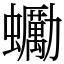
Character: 䘈